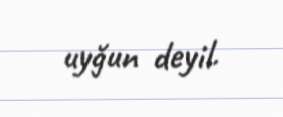
uyğun deyil.